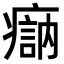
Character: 𤹽